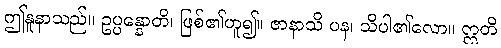
ဤနူနာသည်။ ဥပ္ပန္နောတိ၊ ဖြစ်၏ဟူ၍။ ဇာနာသိ ပန၊ သိပါ၏လော။ ဣတိ